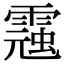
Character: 𩃾